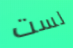
لست